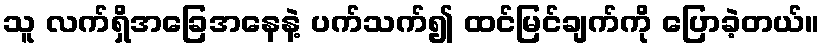
သူ လက်ရှိအခြေအနေနဲ့ ပက်သက်၍ ထင်မြင်ချက်ကို ပြောခဲ့တယ်။